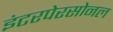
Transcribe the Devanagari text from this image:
इंटरपेरसोनल